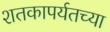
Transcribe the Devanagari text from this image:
शतकापर्यतच्या